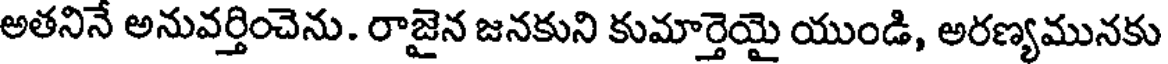
అతనినే అనువర్తించెను. రాజైన జనకుని కుమార్తెయై యుండి, అరణ్యమునకు